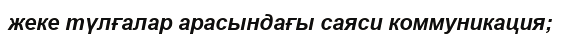
жеке түлғалар арасындағы саяси коммуникация;